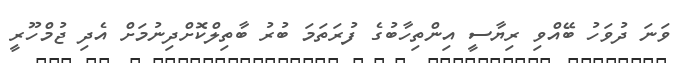
ވަނަ ދުވަހު ބޭއްވި ރިޔާސީ އިންތިހާބުގެ ފުރަތަމަ ބުރު ބާތިލްކޮށްދިނުމަށް އެދި ޖުމްހޫރީ